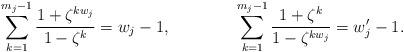
LaTeX: \begin{align*}\sum_{k=1}^{m_j-1} \frac{1+\zeta^{kw_j}}{1-\zeta^k} &= w_j-1, & \sum_{k=1}^{m_j-1} \frac{1+\zeta^{k}}{1-\zeta^{kw_j}} &= w'_j - 1.\end{align*}